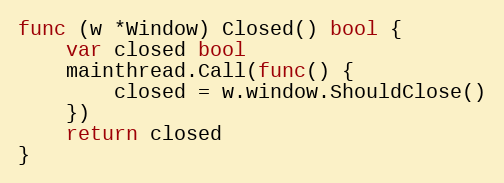
Language: Go
func (w *Window) Closed() bool {
	var closed bool
	mainthread.Call(func() {
		closed = w.window.ShouldClose()
	})
	return closed
}